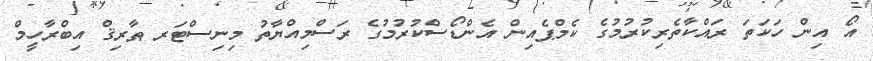
އޯ އިން ހަކަތަ ރައްކާތެރިކުރުމުގެ ކެމްޕެއިން އެންޑޯސްކުރުމުގެ ރަސްމިއްޔާތު މިނިސްޓަރ ޠާރިޤް އިބްރާހީމް